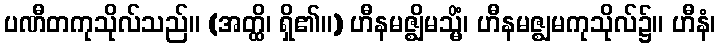
ပဏီတကုသိုလ်သည်။ (အတ္ထိ၊ ရှိ၏။) ဟီနမဇ္ဈိမသ္မိံ၊ ဟီနမဇ္ဈမကုသိုလ်၌။ ဟီနံ၊